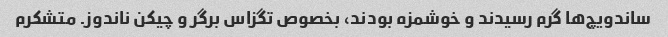
ساندویچ‌ها گرم رسیدند و خوشمزه بودند، بخصوص تگزاس برگر و چیکن ناندوز. متشکرم